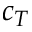
c _ { T }